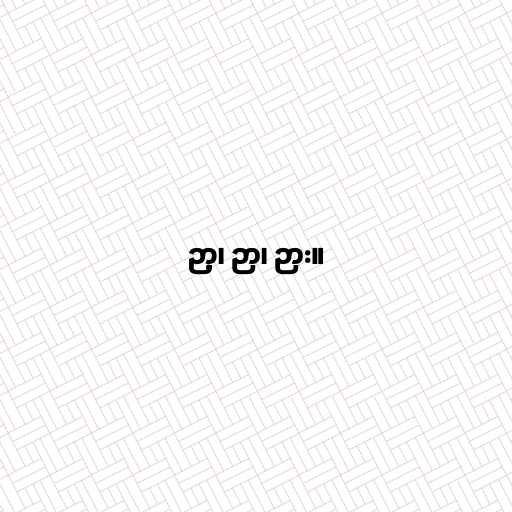
ဉာ့၊ ဉာ၊ ဉား။